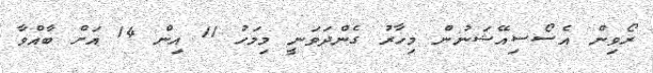
ރޯވިން އެސޯސިއޭޝަނުން މިހާރު ގެންދަވަނީ މިމަހު 11 އިން 14 އަށް ބާއްވާ